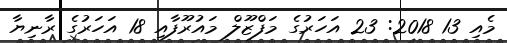
މެއި 13 2018: 23 އަހަރުގެ މަފްޒޫލް މައުރޫފާއި 18 އަހަރުގެ ރާނިޔާ